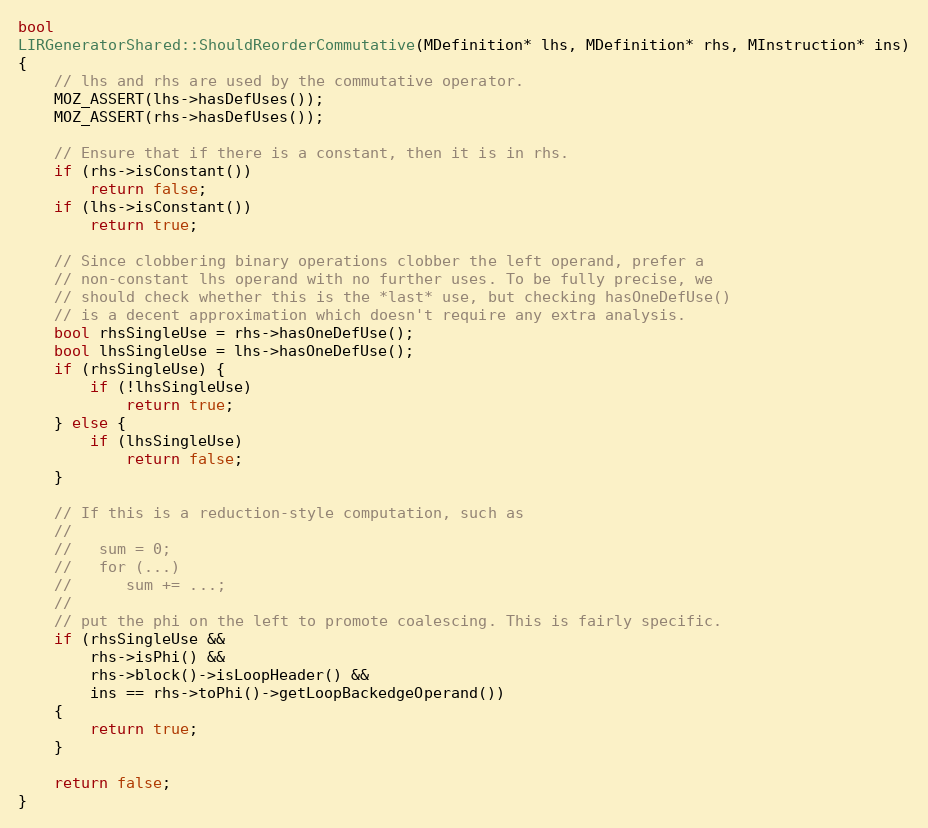
Language: C++
bool
LIRGeneratorShared::ShouldReorderCommutative(MDefinition* lhs, MDefinition* rhs, MInstruction* ins)
{
    // lhs and rhs are used by the commutative operator.
    MOZ_ASSERT(lhs->hasDefUses());
    MOZ_ASSERT(rhs->hasDefUses());

    // Ensure that if there is a constant, then it is in rhs.
    if (rhs->isConstant())
        return false;
    if (lhs->isConstant())
        return true;

    // Since clobbering binary operations clobber the left operand, prefer a
    // non-constant lhs operand with no further uses. To be fully precise, we
    // should check whether this is the *last* use, but checking hasOneDefUse()
    // is a decent approximation which doesn't require any extra analysis.
    bool rhsSingleUse = rhs->hasOneDefUse();
    bool lhsSingleUse = lhs->hasOneDefUse();
    if (rhsSingleUse) {
        if (!lhsSingleUse)
            return true;
    } else {
        if (lhsSingleUse)
            return false;
    }

    // If this is a reduction-style computation, such as
    //
    //   sum = 0;
    //   for (...)
    //      sum += ...;
    //
    // put the phi on the left to promote coalescing. This is fairly specific.
    if (rhsSingleUse &&
        rhs->isPhi() &&
        rhs->block()->isLoopHeader() &&
        ins == rhs->toPhi()->getLoopBackedgeOperand())
    {
        return true;
    }

    return false;
}